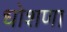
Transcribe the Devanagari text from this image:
धोशणा